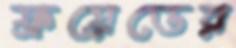
ফ্রয়েডের